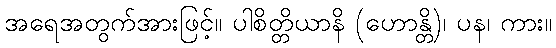
အရေအတွက်အားဖြင့်။ ပါစိတ္တိယာနိ (ဟောန္တိ)၊ ပန၊ ကား။